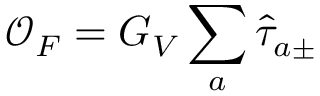
{ \mathcal { O } } _ { F } = G _ { V } \sum _ { a } { \hat { \tau } } _ { a \pm }